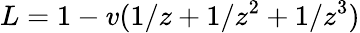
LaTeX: L=1-v(1/z+1/z^{2}+1/z^{3})